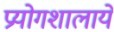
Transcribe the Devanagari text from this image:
प्रयोगशालाये